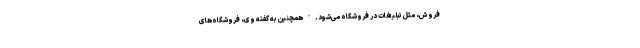
فروش، مثل تبلیغات در فروشگاه می‌شود." همچنین به گفته وی، فروشگاه‌های